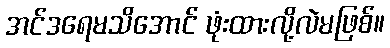
အင်ဒရေမသိအောင် ဖုံးထားလို့လဲမဖြစ်။